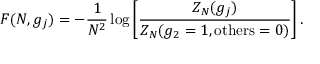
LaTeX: F ( N , g _ { j } ) = - \frac { 1 } { N ^ { 2 } } \log \left[ \frac { Z _ { N } ( g _ { j } ) } { Z _ { N } ( g _ { 2 } = 1 , \mathrm { o t h e r s } = 0 ) } \right] .